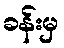
ခန်းမှ